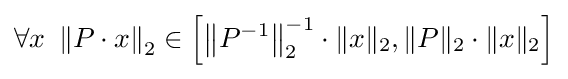
\forall x\ \left\|P\cdot x\right\|_{2}\in \left[\left\|P^{-1}\right\|_{2}^{-1}\cdot \|x\|_{2},\|P\|_{2}\cdot \|x\|_{2}\right]